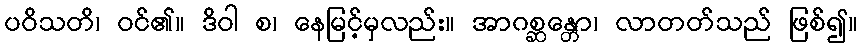
ပဝိသတိ၊ ဝင်၏။ ဒိဝါ စ၊ နေမြင့်မှလည်း။ အာဂစ္ဆန္တော၊ လာတတ်သည် ဖြစ်၍။